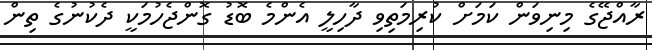
ރާއްޖޭގެ މިނިވަން ކަމަށް ކުރިމަތިވި ދާހިލީ އެންމެ ބޮޑު ގޮންޖެހުމަކީ ދެކުނުގެ ތިން